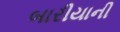
બારીયાની